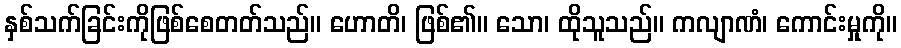
နှစ်သက်ခြင်းကိုဖြစ်စေတတ်သည်။ ဟောတိ၊ ဖြစ်၏။ သော၊ ထိုသူသည်။ ကလျာဏံ၊ ကောင်းမှုကို။